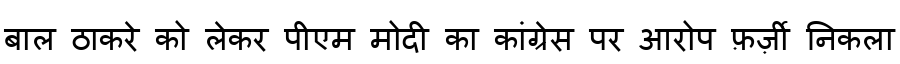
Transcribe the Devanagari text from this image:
बाल ठाकरे को लेकर पीएम मोदी का कांग्रेस पर आरोप फ़र्ज़ी निकला